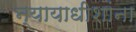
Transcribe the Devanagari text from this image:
न्यायाधीशांना